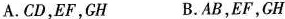
A.CD，EF，CH B.AB，EF，CH